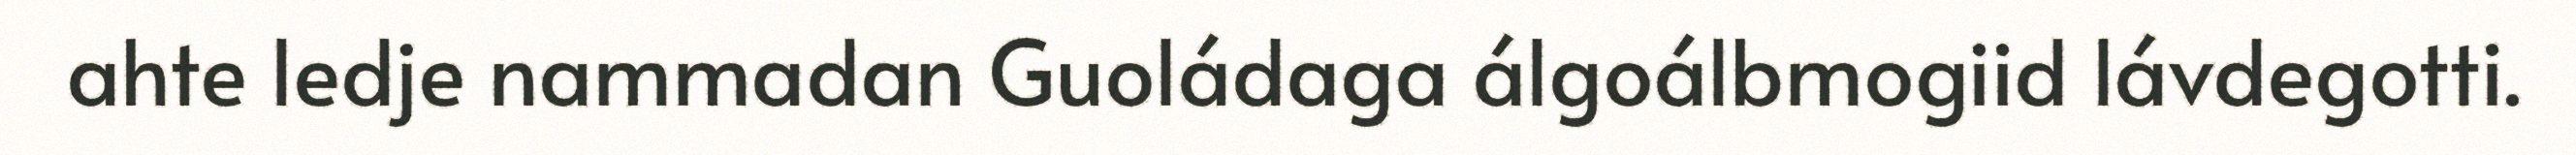
ahte ledje nammadan Guoládaga álgoálbmogiid lávdegotti.